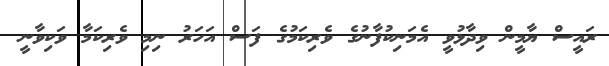
ރައީސް ޔާމީން ވިދާޅުވީ އެމަނިކުފާނުގެ ވެރިކަމުގެ ފަސް އަހަރު ނިމި ވެރިކަމާ ވަކިވާނީ